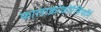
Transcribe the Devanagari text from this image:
फालाक्रोकोरैसिफॉर्म